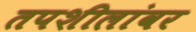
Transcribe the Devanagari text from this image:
तपशीलांवर